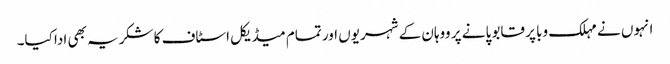
انہوں نے مہلک وبا پر قابو پانے پر ووہان کے شہریوں اور تمام میڈیکل اسٹاف کا شکریہ بھی ادا کیا۔